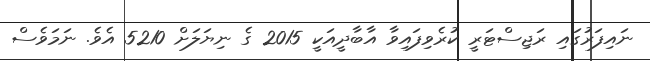
ނައިފަރުގައި ރަޖިސްޓަރީ ކުރެވިފައިވާ އާބާދީއަކީ 2015 ގެ ނިޔަލަށް 5210 އެވެ. ނަމަވެސް